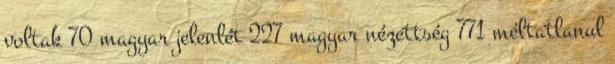
voltak 70 magyar jelenlét 227 magyar nézettség 771 méltatlanul